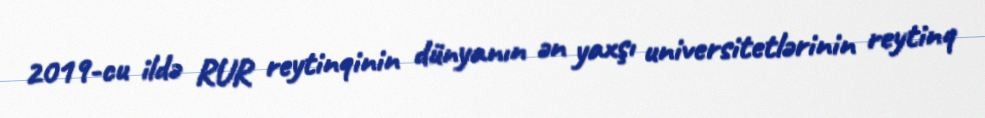
2019-cu ildə RUR reytinqinin dünyanın ən yaxşı universitetlərinin reytinq